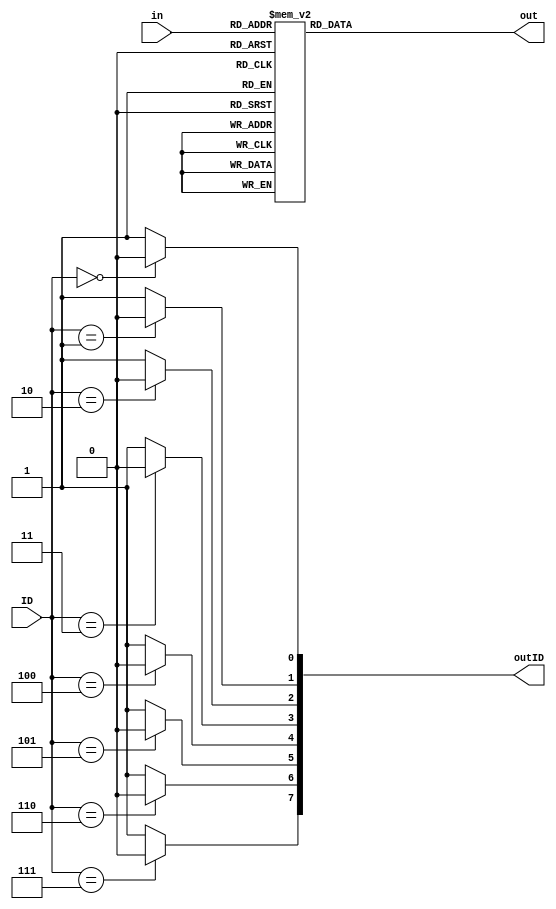
`timescale 1ns / 1ps
//////////////////////////////////////////////////////////////////////////////////
// Company: 
// Engineer: 
// 
// Design Name: 
// Module Name: DriveDigitDisplay
// Project Name: 
// Target Devices: 
// Tool Versions: 
// Description: 
// 
// Dependencies: 
// 
// Revision:
// Revision 0.01 - File Created
// Additional Comments:
// 
//////////////////////////////////////////////////////////////////////////////////

module DriveDigitDisplay(in,ID,outID,out);
input[3:0] in;
input[2:0] ID;
integer i;
output[7:0] outID;
reg[7:0] outID;
output[7:0] out;
reg[7:0] out;
always@(ID)
begin
outID=7'b1111111;
 for(i=0;i<=7;i=i+1)
   if(ID==i)
   outID[i]=0;
   // outID[i]=1;
   else
   // outID[i]=0;i
   outID[i]=1;
end
always@(in)
begin
  case(in)
//  4'b0000:out=8'b11111100;
//  4'b0001:out=8'b01100000;
//  4'b0010:out=8'b11011010;
//  4'b0011:out=8'b11110010;
//  4'b0100:out=8'b01100110;
//  4'b0101:out=8'b10110110;
//  4'b0110:out=8'b10111110;
//  4'b0111:out=8'b11100000;
//  4'b1000:out=8'b11111110;
//  4'b1001:out=8'b11110110;
//  default:out=8'b00000000;
    4'b0000:out=8'b00000011;
    4'b0001:out=8'b10011111;
    4'b0010:out=8'b00100101;
    4'b0011:out=8'b00001101;
    4'b0100:out=8'b10011001;
    4'b0101:out=8'b01001001;
    4'b0110:out=8'b01000001;
    4'b0111:out=8'b00011111;
    4'b1000:out=8'b00000001;
    4'b1001:out=8'b00001001;
    4'b1010:out=8'b11000101;
    4'b1011:out=8'b11000001;
    4'b1100:out=8'b11100101;
    4'b1101:out=8'b10000101;
    4'b1110:out=8'b01100001;
    4'b1111:out=8'b01110001;
    default:out=8'b11111111;
    
  endcase
end
endmodule